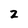
Character: 2